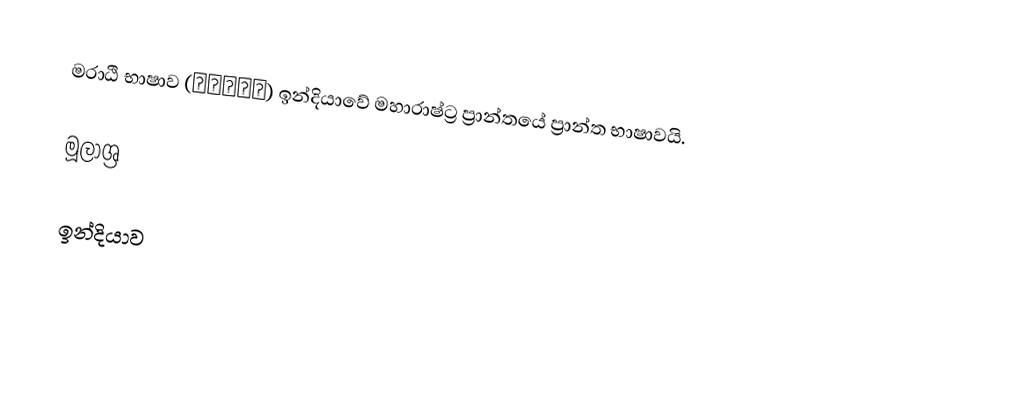
මරාඨි භාෂාව (मराठि)  ඉන්දියාවේ මහාරාෂ්ට්‍ර ප්‍රාන්තයේ ප්‍රාන්ත භාෂාවයි.

මූලාශ්‍ර

ඉන්දියාව